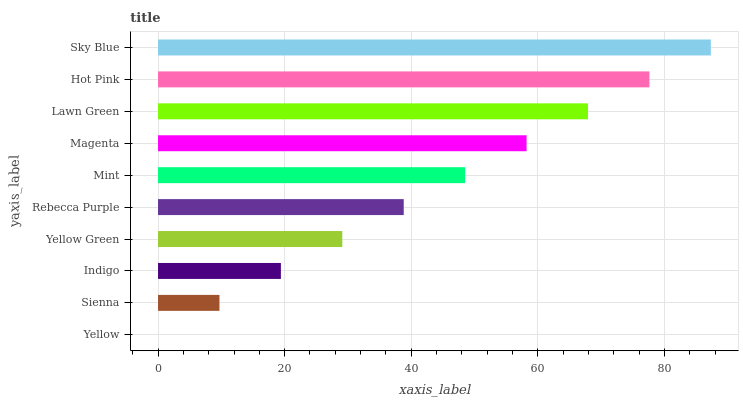
| yaxis_label | bars |
 | --- | --- |
 | Yellow | 0 |
 | Sienna | 9.7 |
 | Indigo | 19.4 |
 | Yellow Green | 29.1 |
 | Rebecca Purple | 38.8 |
 | Mint | 48.5 |
 | Magenta | 58.2 |
 | Lawn Green | 67.9 |
 | Hot Pink | 77.6 |
 | Sky Blue | 87.3 |